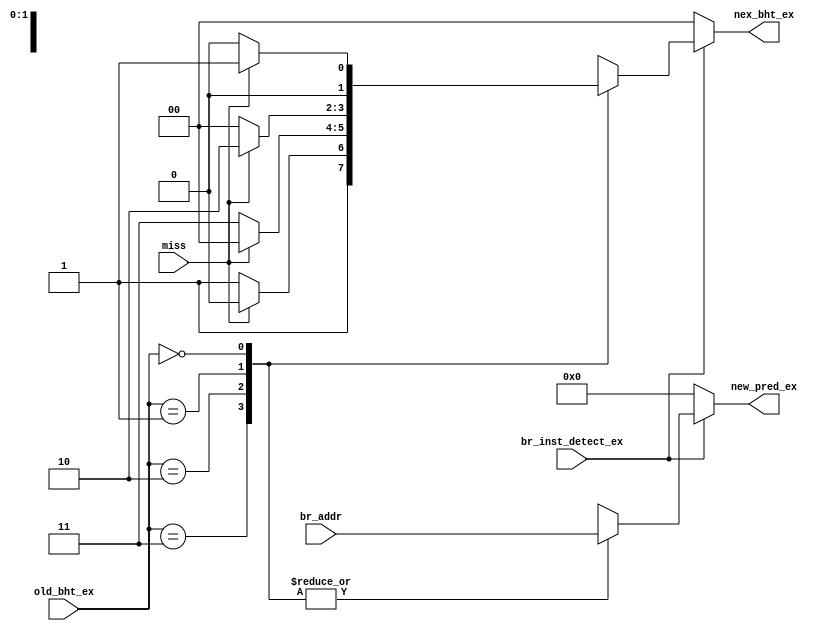
module fsm( br_addr, br_inst_detect_ex, old_bht_ex, miss,
             nex_bht_ex, new_pred_ex);
//-----------------------Signal declairation------------------------------
        input[31:0]       br_addr;
        input             br_inst_detect_ex;
        input[1:0]        old_bht_ex;
        input             miss;
        output reg [1:0]  nex_bht_ex;
        output reg [31:0] new_pred_ex;

        parameter ST = 2'b11; // Strong taken;
        parameter WT = 2'b10; // Weak   taken;
        parameter WNT= 2'b01; // Weak not taken;
        parameter SNT= 2'b00; // Strong not taken;
//------------------------------------------------------------------------            
        always @(*) begin
            if(br_inst_detect_ex==0) begin  // Not to be detected as a branch instruction
               nex_bht_ex  = 2'b00;
               new_pred_ex = 32'b00; 
            end else begin                     // To be detected as a branch instruction
                case(old_bht_ex) 
                    ST: begin
                        if(miss == 1'b0) begin // Predict = taken, infact = taken
                        nex_bht_ex  = ST;
                        new_pred_ex = br_addr;
                        end else begin         // Predict = taken, infact = !taken
                        nex_bht_ex  = WT;
                        new_pred_ex = br_addr;
                        end
                    end

                    WT: begin
                        if(miss == 1'b0) begin // Predict = taken, infact = taken
                        nex_bht_ex  = ST;
                        new_pred_ex = br_addr;
                        end else begin         // Predict = taken, infact = !taken
                        nex_bht_ex  = SNT;
                        new_pred_ex = br_addr; 
                        end
                    end

                    WNT:begin
                        if(miss == 1'b0) begin // Predict = !taken, infact = !taken
                        nex_bht_ex  = SNT;
                        new_pred_ex = br_addr;
                        end else begin         // Predict = !taken, infact = taken
                        nex_bht_ex  = WT;
                        new_pred_ex = br_addr;
                        end
                    end

                    SNT:begin
                        if(miss == 1'b0) begin // Predict = !taken , infact = !taken
                        nex_bht_ex  = SNT;
                        new_pred_ex = br_addr;
                        end else begin         // Predict = !taken, infact = taken
                        nex_bht_ex  = WNT;
                        new_pred_ex = br_addr; 
                        end
                    end
                endcase
            end
        end
endmodule